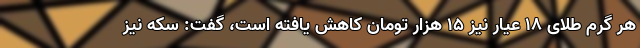
هر گرم طلای ۱۸ عیار نیز ۱۵ هزار تومان کاهش یافته است، گفت: سکه نیز